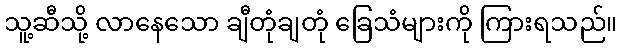
သူ့ဆီသို့ လာနေသော ချီတုံချတုံ ခြေသံများကို ကြားရသည်။